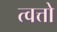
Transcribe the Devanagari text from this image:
त्वत्तो